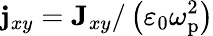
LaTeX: \mathbf{j}_{xy}=\mathbf{J}_{xy}/\left(\varepsilon_{0}\omega_{\mathrm{p}}^{2}\right)